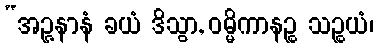
“အဉ္ဇနာနံ ခယံ ဒိသွာ, ဝမ္မိကာနဉ္စ သဉ္စယံ၊